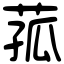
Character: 菰